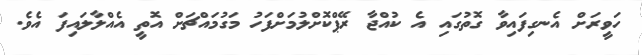
ހަވީރަށް އެނގިފައިވާ ގޮތުގައި އެ ކުއްޖާ ރޭޕްކޮށްލުމަށްފަހު މަގުމައްޗަށް އޮތީ އެއްލާލައިފަ އެވެ.